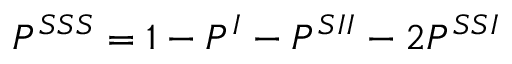
P ^ { S S S } = 1 - P ^ { I } - P ^ { S I I } - 2 P ^ { S S I }